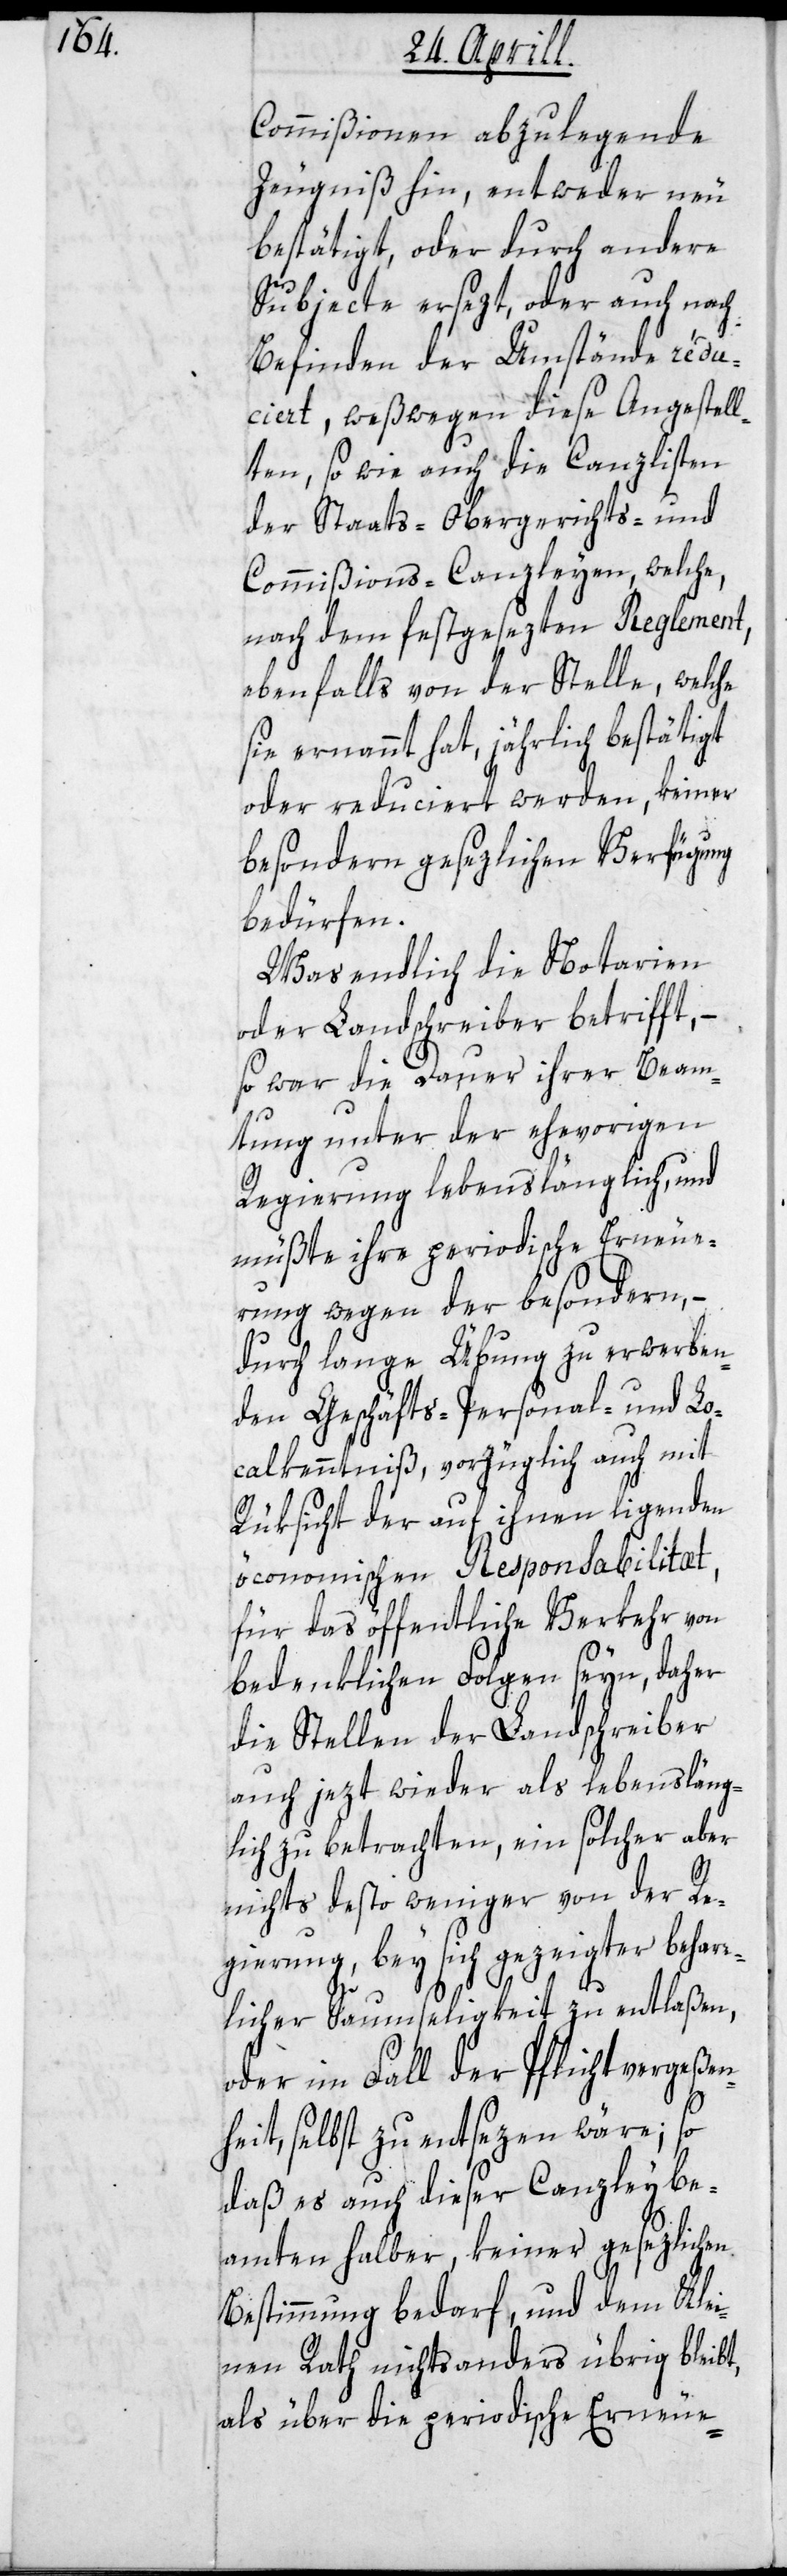
Commißionen abzulegende
Zeugniß hin, entweder neu
bestätigt, oder durch andere
Subjecte ersezt, oder auch nach
Befinden der Umstände redu¬
ciert, weßwegen diese Angestell¬
ten, sowie auch die Canzlisten
der Staats-, Obergerichts- und
Commißions-Canzleyen, welche,
nach dem festgesezten Reglement,
ebenfalls von der Stelle, welche
sie ernannt hat, jährlich bestätigt
oder reduciert werden, keiner
besondern gesezlichen Verfügung
bedürfen.
Was endlich die Notarien
oder Landschreiber betrifft, –
so war die Dauer ihrer Beam¬
tung unter der ehevorigen
Regierung lebenslänglich, und
müßte ihre periodische Erneue¬
rung wegen der besondern, –
durch lange Übung zu erwerben¬
den Geschäfts-, Personal- und Lo¬
calkenntniß, vorzüglich auch mit
Rüksicht der auf ihnen liegenden
öconomischen Responsabilitæt,
für das öffentliche Verkehr von
bedenklichen Folgen seyn, daher
die Stellen der Landschreiber
auch jetzt wieder als lebensläng¬
lich zu betrachten, ein solcher aber
nichts desto weniger von der Re¬
gierung, bey sich gezeigter beharr¬
licher Saumseligkeit zu entlaßen,
oder im Fall der Pflichtvergeßen¬
heit selbst zu entsezen wäre, so
daß es auch dieser Canzleybe¬
amten halber, keiner gesezlichen
Bestimmung bedarf, und dem Kle¬
inen Rath nichts anderes übrig bleibt,
als über die periodische Erneue-